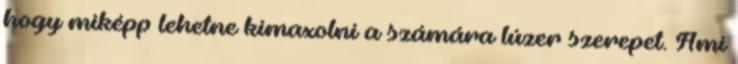
hogy miképp lehetne kimaxolni a számára lúzer szerepet. Ami